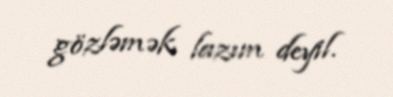
gözləmək lazım deyil.